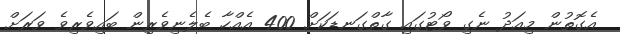
އެގޮތުން މިއަދު ނެގި ވޯޓުގައި ގާތްގަނޑަކަށް 400 އެއްހާ ބެލެނިވެރިން ބައިވެރިވެ ވަރަށް